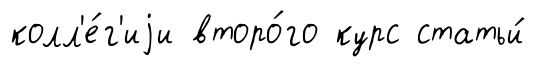
колл'е́г'иjи второ́го курс статьи́